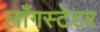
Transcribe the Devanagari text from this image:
लाँगस्टेटर